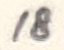
Text: 18